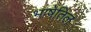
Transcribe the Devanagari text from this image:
भाषेतिल